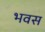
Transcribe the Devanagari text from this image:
भवस